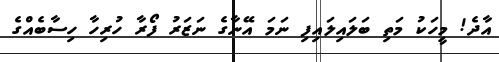
އާދެ! މީހަކު މަތި ބަލައިލައިފި ނަމަ އޭނާގެ ނަޒަރު ފޯރާ ހުރިހާ ހިސާބެއްގެ